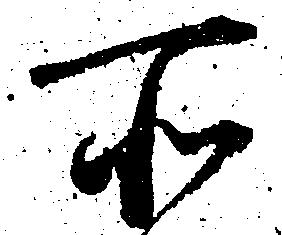
所